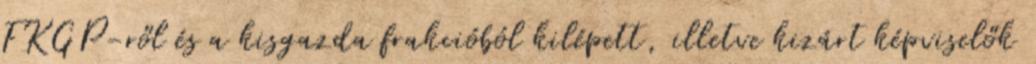
FKGP-ről és a kisgazda frakcióból kilépett, illetve kizárt képviselők